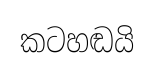
කටහඬයි